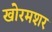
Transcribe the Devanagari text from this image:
खोरमशर